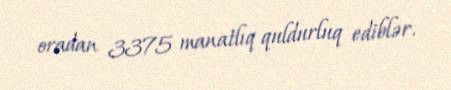
oradan 3375 manatlıq quldurluq ediblər.